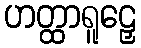
ဟတ္ထာရူဠှေ